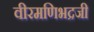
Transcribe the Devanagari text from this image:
वीरमणिभद्रजी